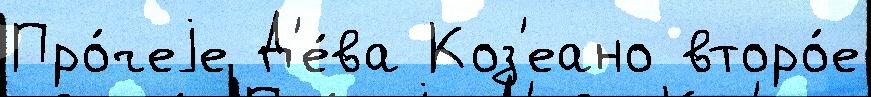
Про́чеjе Д'е́ва Коз'еано второ́е